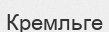
Кремльге